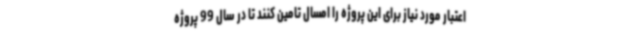
اعتبار مورد نیاز برای این پروژه را امسال تامین کنند تا در سال 99 پروژه